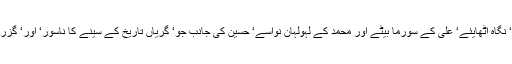
حسین ابن علی اب‘ دل تھام کر‘ نگاہ اٹھایئے‘ علی کے سورما بیٹے اور محمد کے لہولہان نواسے‘ حسین کی جانب جو‘ گریاں تاریخ کے سینے کا ناسور‘ اور‘ گزراں وقت کی پیشانی کا نور ہے۔